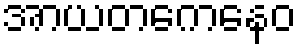
အာယတကေနေဝ